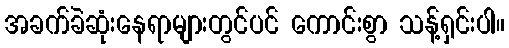
အခက်ခဲဆုံးနေရာများတွင်ပင် ကောင်းစွာ သန့်ရှင်းပါ။